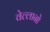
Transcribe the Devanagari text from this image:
वेल्लानो